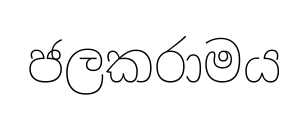
ජලකරාමය